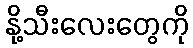
နို့သီးလေးတွေကို